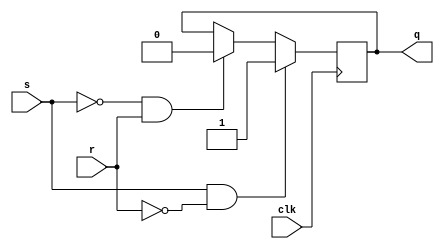
module edge_triggered_sr_ff (
    input wire clk,
    input wire s,
    input wire r,
    output reg q
);

always @(posedge clk) begin
    if (s && !r) begin
        q <= 1'b1;
    end else if (!s && r) begin
        q <= 1'b0;
    end
end

endmodule